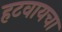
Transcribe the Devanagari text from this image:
हटवायचा